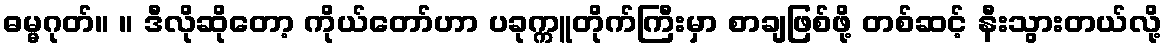
ဓမ္မဂုတ်။ ။ ဒီလိုဆိုတော့ ကိုယ်တော်ဟာ ပခုက္ကူတိုက်ကြီးမှာ စာချဖြစ်ဖို့ တစ်ဆင့် နီးသွားတယ်လို့